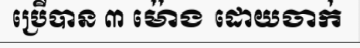
ប្រើបាន ៣ ម៉ោង ដោយចាក់